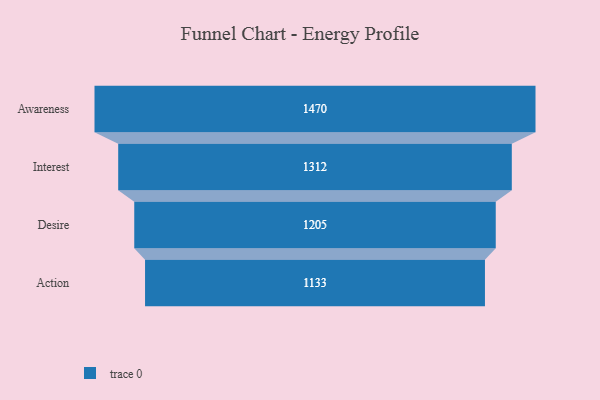
{"axis": {"x": "Stage", "y": "Value"}, "legend": [""], "data": [{"x": "Awareness", "y": 1470.0, "type": ""}, {"x": "Interest", "y": 1312.0, "type": ""}, {"x": "Desire", "y": 1205.0, "type": ""}, {"x": "Action", "y": 1133.0, "type": ""}]}